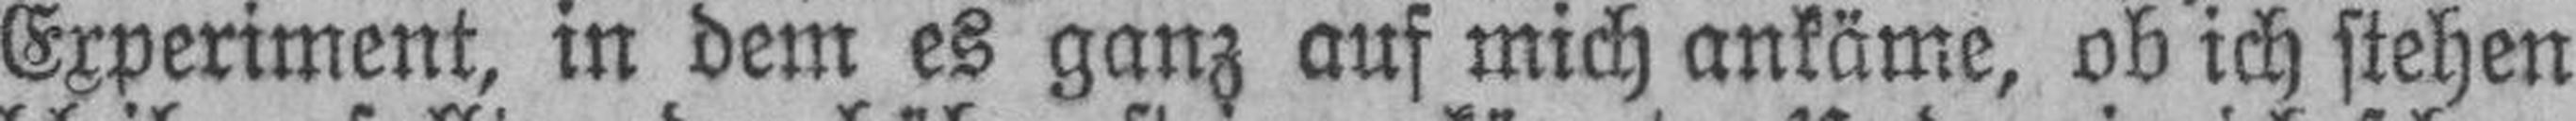
Experiment, in dem es ganz auf mich ankäme, ob ich stehen